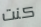
كنت